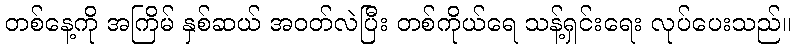
တစ်နေ့ကို အကြိမ် နှစ်ဆယ် အဝတ်လဲပြီး တစ်ကိုယ်ရေ သန့်ရှင်းရေး လုပ်ပေးသည်။